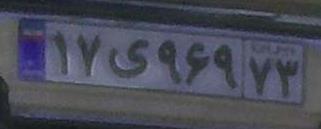
۱۷ی۹۶۹۷۳